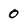
Character: 0